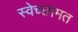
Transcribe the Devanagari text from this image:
स्वेच्छामत